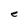
Character: e